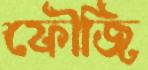
ফৌজি